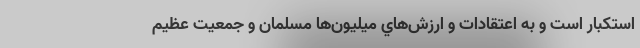
استكبار است و به اعتقادات و ارزش‌هاي ميليون‌ها مسلمان و جمعيت عظيم